Indian journal of veterinary science and animal husbandry - Volume 3,
Year: 1933
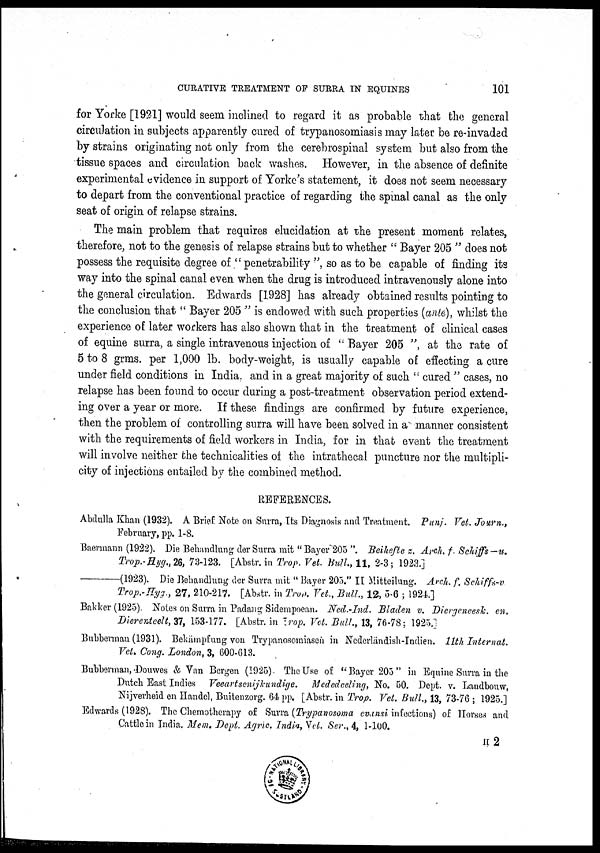
CURATIVE TREATMENT OF SURRA IN EQUINES
101
for Yorke [1921] would seem inclined to regard it as probable that the general
circulation in subjects apparently cured of trypanosomiasis may later be re-invaded
by strains originating not only from the cerebrospinal system but also from the
tissue spaces and circulation back washes. However, in the absence of definite
experimental evidence in support of Yorke's statement, it does not seem necessary
to depart from the conventional practice of regarding the spinal canal as the only
seat of origin of relapse strains.
The main problem that requires elucidation at the present moment relates,
therefore, not to the genesis of relapse strains but to whether " Bayer 205 " does not
possess the requisite degree of " penetrability ", so as to be capable of finding its
way into the spinal canal even when the drug is introduced intravenously alone into
the general circulation. Edwards [1928] has already obtained results pointing to
the conclusion that " Bayer 205 " is endowed with such properties (ante), whilst the
experience of later workers has also shown that in the treatment of clinical cases
of equine surra, a single intravenous injection of " Bayer 205 ", at the rate of
5 to 8 grms. per 1,000 lb. body-weight, is usually capable of effecting a cure
under field conditions in India and in a great majority of such " cured " cases, no
relapse has been found to occur during a post-treatment observation period extend-
ing over a year or more. If these findings are confirmed by future experience,
then the problem of controlling surra will have been solved in a manner consistent
with, the requirements of field workers in India, for in that event the treatment
will involve neither the technicalities of the intrathecal puncture nor the multipli-
city of injections entailed by the combined method.
REFERENCES.
Abdulla Khan (1932). A Brief Note on Surra, Its Diagnosis and Treatment. Punj. Vet. Journ.,
February, pp. 1-8.
Baermann (1922). Die Behandlung der Surra mit "Bayer 205 ". Beihefte z. Arch. f. Schiffs-u.
Trop.-Hyg.,26, 73-123. [Abstr. in Trop. Vet. Bull., 11, 2-3; 1923.]
(1923). Die Behandlung der Surra mit " Bayer 205." II Mitteilung. Arch. f. Schiffs-v
Trop.-Hyg., 27, 210-217. [Abstr. in Trop. Vet., Bull., 12, 5-6 ; 1924.]
Bakker (1925). Notes on Surra in Padang Sidempoean. Ned.-Ind. Bladen v. Diergeneesk. en.
Dierendeelt, 37, 153-177. [Abstr. in Trop. Vet. Bull., 13, 76-78; 1925.]
Bubberman (1931). Bekämpfung von Trypanosomiasen in Nederländish-Indien. 11th Internat.
Vet. Cong. London, 3, 600-613.
Bubberman, Douwes & Van Bergen (1925). The Use of " Bayer 205 " in Equine Surra in the
Dutch East Indies Veeartsenijkundige.
Mededeeling, No. 50. Dept. v. Landbouw,
Nijverheid en Handel, Buitenzorg. 64 pp. [Abstr. in Trop. Vet. Bull., 13, 73-76 ; 1925.]
Edwards (1928). The Chemotherapy of Surra (Trypanosoma evansi infections) of Horses and
Cattle in India. Mem. Dept. Agric. India, Vet. Ser., 4, 1-100.
II 2